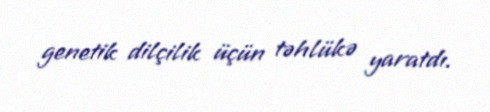
genetik dilçilik üçün təhlükə yaratdı.